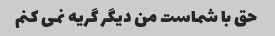
حق با شماست من دیگر گریه نمی کنم